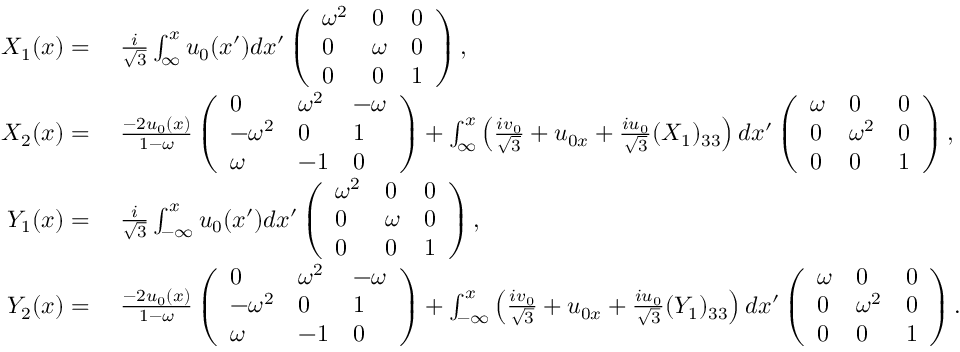
\begin{array} { r l } { X _ { 1 } ( x ) = } & { \; \frac { i } { \sqrt { 3 } } \int _ { \infty } ^ { x } u _ { 0 } ( x ^ { \prime } ) d x ^ { \prime } \left( \begin{array} { l l l } { \omega ^ { 2 } } & { 0 } & { 0 } \\ { 0 } & { \omega } & { 0 } \\ { 0 } & { 0 } & { 1 } \end{array} \right) , } \\ { X _ { 2 } ( x ) = } & { \; \frac { - 2 u _ { 0 } ( x ) } { 1 - \omega } \left( \begin{array} { l l l } { 0 } & { \omega ^ { 2 } } & { - \omega } \\ { - \omega ^ { 2 } } & { 0 } & { 1 } \\ { \omega } & { - 1 } & { 0 } \end{array} \right) + \int _ { \infty } ^ { x } \left( \frac { i v _ { 0 } } { \sqrt { 3 } } + u _ { 0 x } + \frac { i u _ { 0 } } { \sqrt { 3 } } ( X _ { 1 } ) _ { 3 3 } \right) d x ^ { \prime } \left( \begin{array} { l l l } { \omega } & { 0 } & { 0 } \\ { 0 } & { \omega ^ { 2 } } & { 0 } \\ { 0 } & { 0 } & { 1 } \end{array} \right) , } \\ { Y _ { 1 } ( x ) = } & { \; \frac { i } { \sqrt { 3 } } \int _ { - \infty } ^ { x } u _ { 0 } ( x ^ { \prime } ) d x ^ { \prime } \left( \begin{array} { l l l } { \omega ^ { 2 } } & { 0 } & { 0 } \\ { 0 } & { \omega } & { 0 } \\ { 0 } & { 0 } & { 1 } \end{array} \right) , } \\ { Y _ { 2 } ( x ) = } & { \; \frac { - 2 u _ { 0 } ( x ) } { 1 - \omega } \left( \begin{array} { l l l } { 0 } & { \omega ^ { 2 } } & { - \omega } \\ { - \omega ^ { 2 } } & { 0 } & { 1 } \\ { \omega } & { - 1 } & { 0 } \end{array} \right) + \int _ { - \infty } ^ { x } \left( \frac { i v _ { 0 } } { \sqrt { 3 } } + u _ { 0 x } + \frac { i u _ { 0 } } { \sqrt { 3 } } ( Y _ { 1 } ) _ { 3 3 } \right) d x ^ { \prime } \left( \begin{array} { l l l } { \omega } & { 0 } & { 0 } \\ { 0 } & { \omega ^ { 2 } } & { 0 } \\ { 0 } & { 0 } & { 1 } \end{array} \right) . } \end{array}